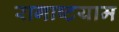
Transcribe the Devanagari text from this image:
रागाष्टयाम